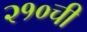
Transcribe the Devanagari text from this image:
२१०ची